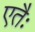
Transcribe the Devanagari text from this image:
एतैः